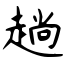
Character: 趟